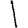
Digit: 1